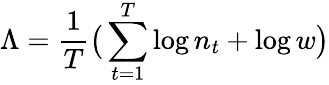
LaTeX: \Lambda=\frac{1}{T}\big(\sum_{t=1}^{T}\log n_{t}+\log w\big)